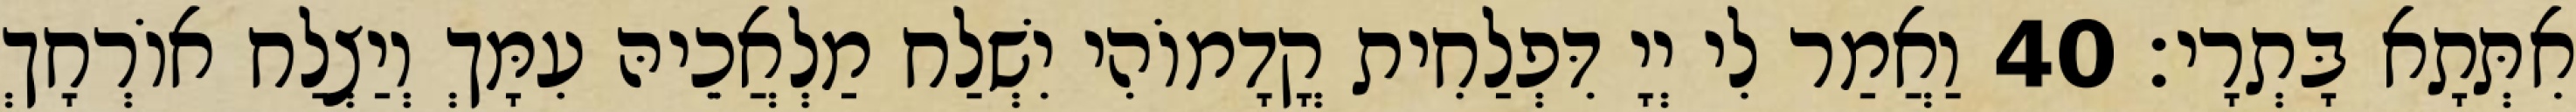
אִתְּתָא בָּתְרָי׃ 40 וַאֲמַר לִי יְיָ דִּפְלַחִית קֳדָמוֹהִי יִשְׁלַח מַלְאֲכֵיהּ עִמָּךְ וְיַצְלַח אוֹרְחָךְ